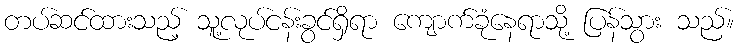
တပ်ဆင်ထားသည့် သူ့လုပ်ငန်းခွင်ရှိရာ ကျောက်ခုံနေရာသို့ ပြန်သွား သည်။